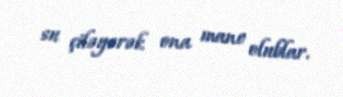
su çiləyərək ona mane olublar.